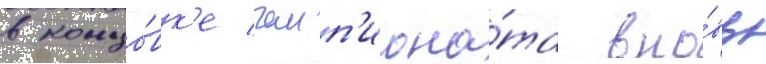
в концо́вк'е чемп'иона́та вно́вь